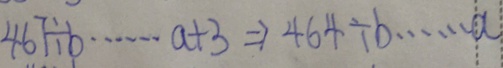
4 6 7 \div b \cdots a + 3 \Rightarrow 4 6 4 \div b \cdots a